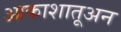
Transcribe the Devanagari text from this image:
आकाशातूअन